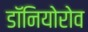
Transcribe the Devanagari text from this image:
डॉनियोरोव